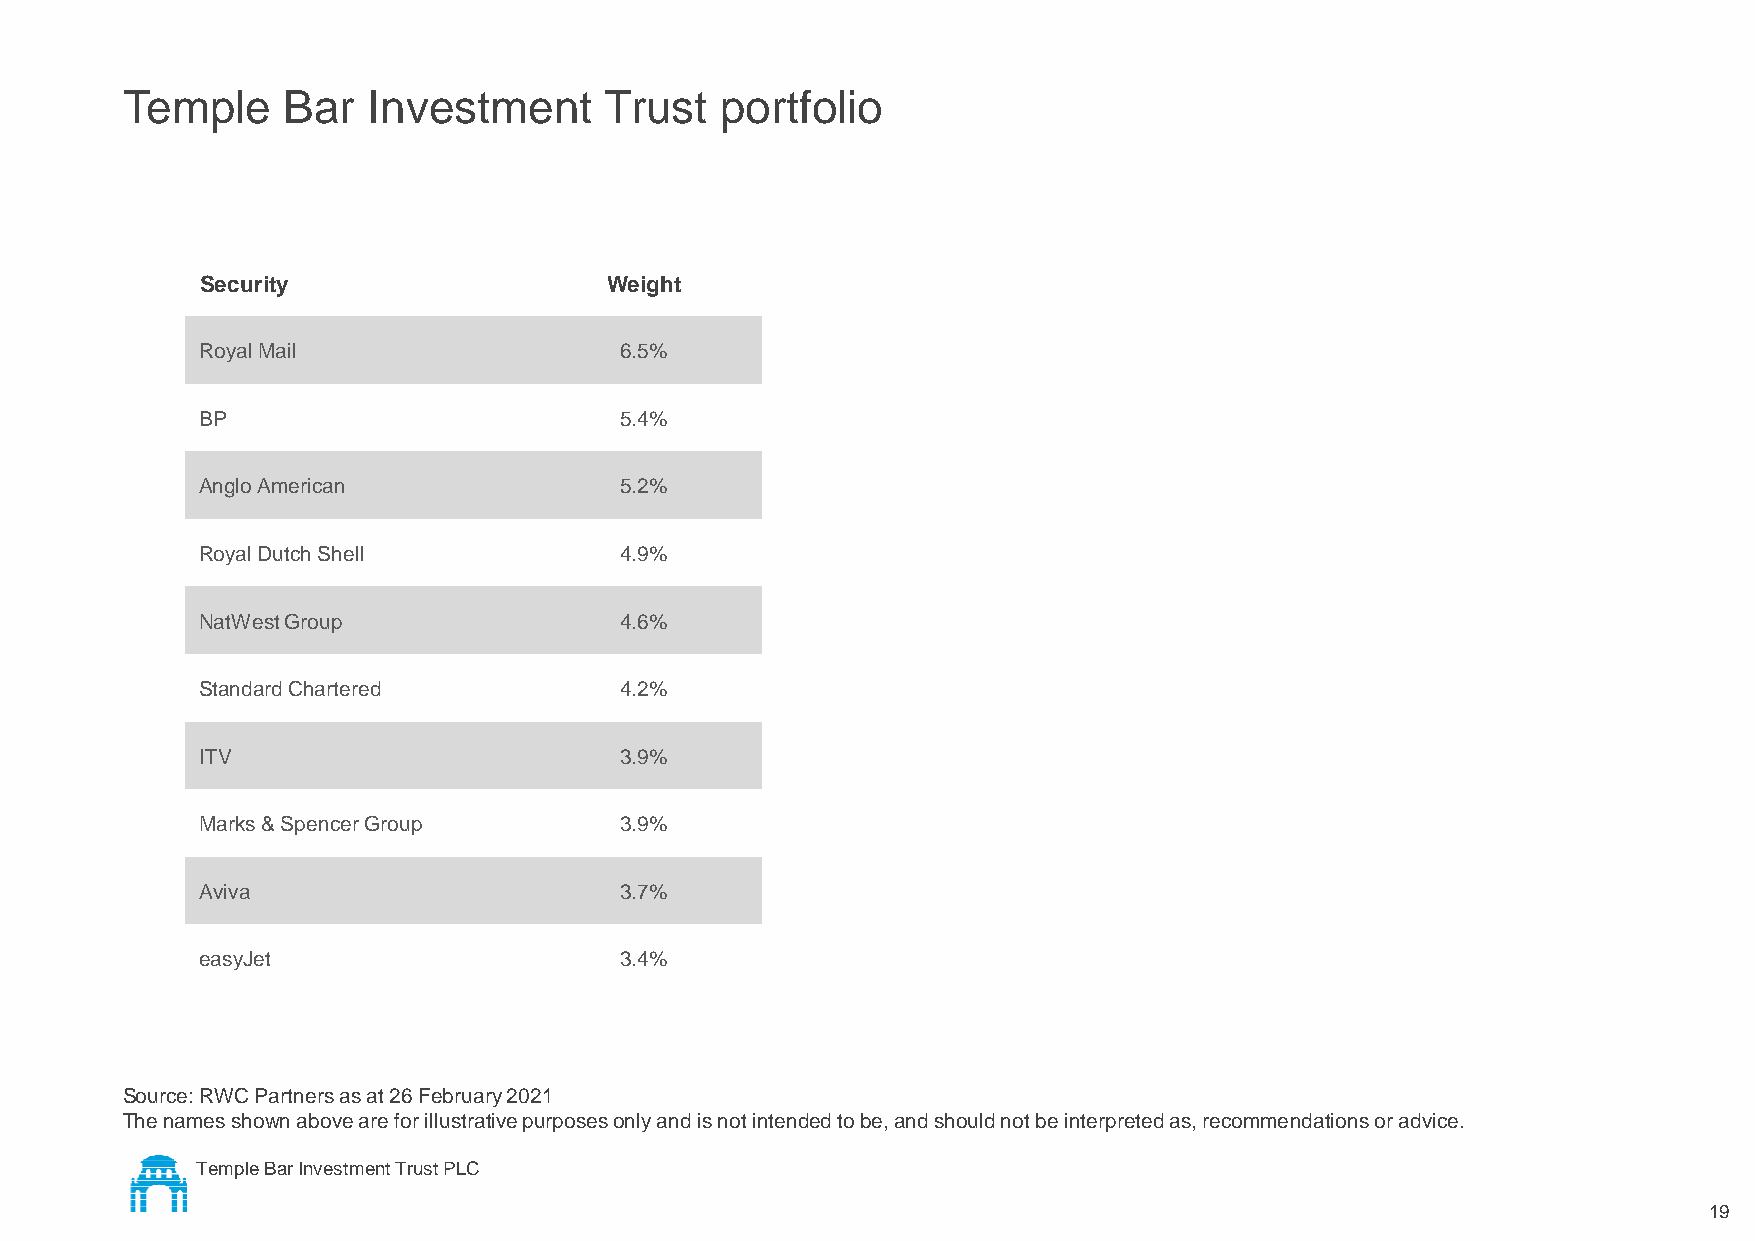
Temple     Bar  Investment      Trust   portfolio
 Security                   Weight
 Royal Mail                  6.5%
 BP                          5.4%
 Anglo American              5.2%
 Royal Dutch Shell           4.9%
 NatWest Group               4.6%
 Standard Chartered          4.2%
 ITV                         3.9%
 Marks & Spencer Group       3.9%
 Aviva                       3.7%
 easyJet                     3.4%
 Source: RWC Partners as at 26 February 2021
 The names shown above are for illustrative purposes only and is not intended to be, and should not be interpreted as, recommendations or advice.
 Temple Bar Investment Trust PLC
 19